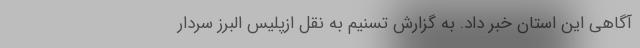
آگاهی این استان خبر داد. به گزارش تسنیم به نقل ازپلیس البرز سردار